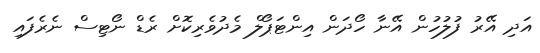
އަދި އޭރު ފުލުހުން އޭނާ ހޯދަން އިންޓަޕޯލް މެދުވެރިކޮށް ރެޑް ނޯޓިސް ނެރެފައި